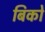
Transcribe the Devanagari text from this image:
बिको